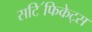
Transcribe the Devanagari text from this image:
सटि॔फिकेट्स